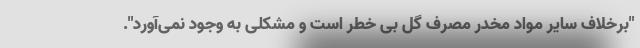
"برخلاف سایر مواد مخدر مصرف گل بی خطر است و مشکلی به وجود نمی‌آورد".